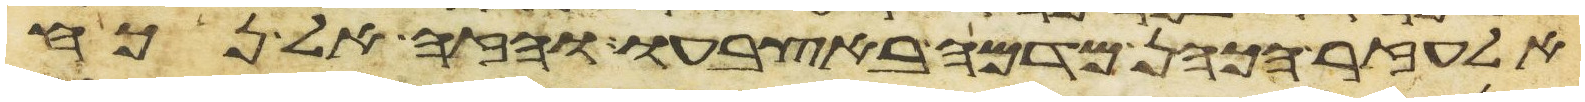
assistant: אלעזר הכהן מדמה באצבעו והזה אל נכח